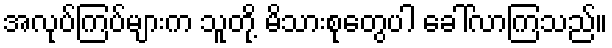
အလုပ်ကြပ်များက သူတို့ မိသားစုတွေပါ ခေါ်လာကြသည်။